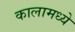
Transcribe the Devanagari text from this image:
कालामध्ये